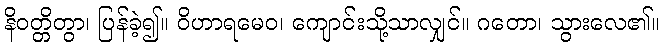
နိဝတ္တိတွာ၊ ပြန်ခဲ့၍။ ဝိဟာရမေဝ၊ ကျောင်းသို့သာလျှင်။ ဂတော၊ သွားလေ၏။